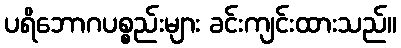
ပရိဘောဂပစ္စည်းများ ခင်းကျင်းထားသည်။